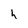
Character: h